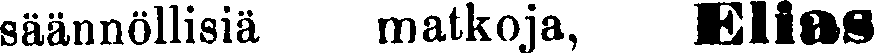
säännöllisiä matkoja, Elias